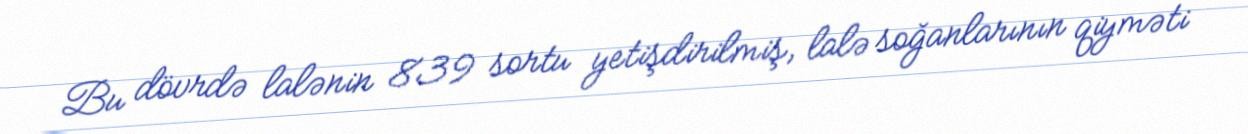
Bu dövrdə lalənin 839 sortu yetişdirilmiş, lalə soğanlarının qiyməti